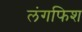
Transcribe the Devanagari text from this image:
लंगफिश